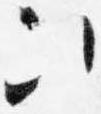
次